65_HS1-834228961_62-HQ-83894_Section_7
Agency: FBI
Page 138
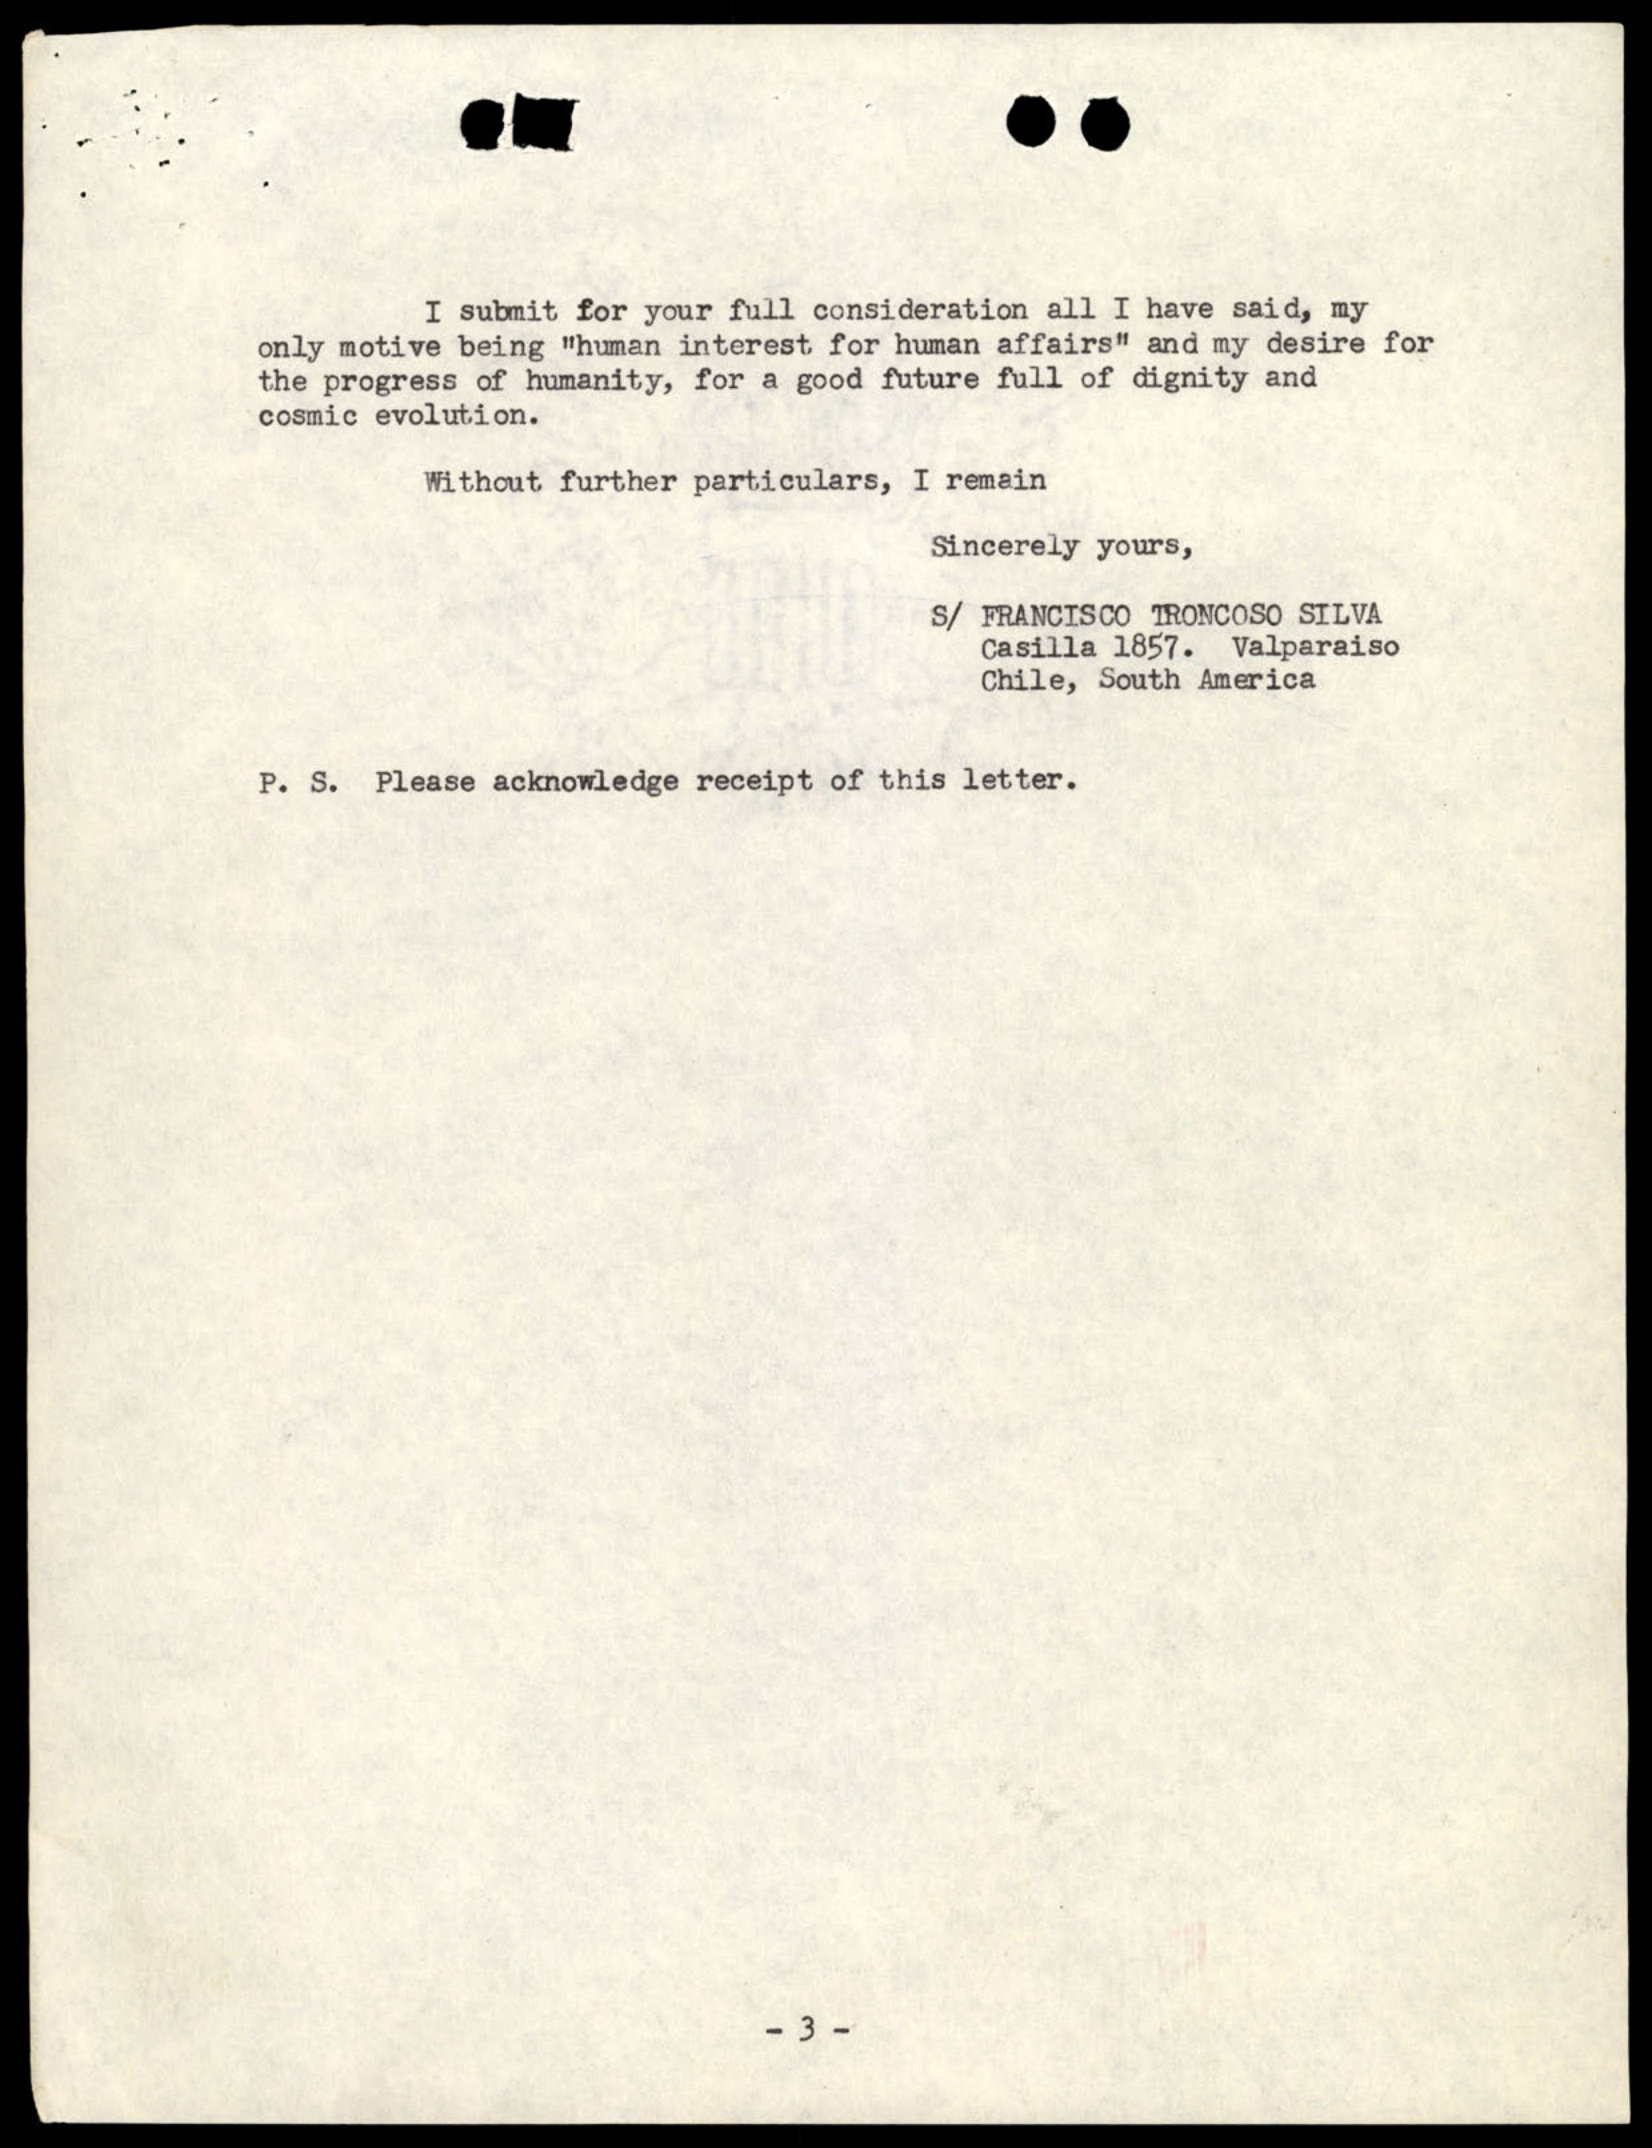